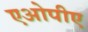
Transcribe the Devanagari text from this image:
एओपीए